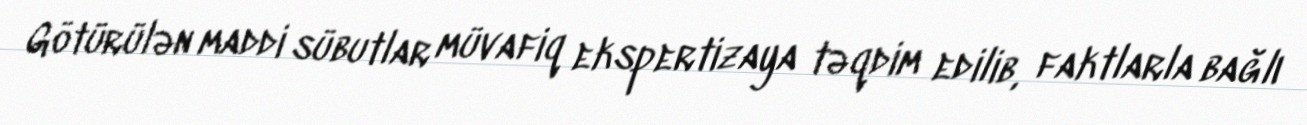
Götürülən maddi sübutlar müvafiq ekspertizaya təqdim edilib, faktlarla bağlı